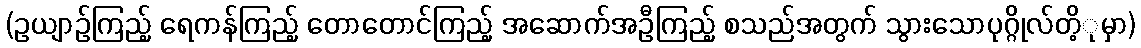
(ဥယျာဉ်ကြည့် ရေကန်ကြည့် တောတောင်ကြည့် အဆောက်အဦကြည့် စသည်အတွက် သွားသောပုဂ္ဂိုလ်တိ့ုမှာ)